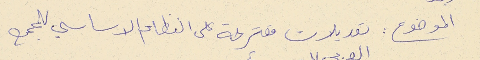
الموضوع : تعديلات متقرحة على النظام الاساسي للمجمع